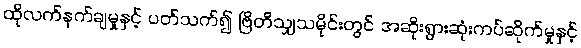
ထိုလက်နက်ချမှုနှင့် ပတ်သက်၍ ဗြိတိသျှသမိုင်းတွင် အဆိုးရွားဆုံးကပ်ဆိုက်မှုနှင့်